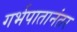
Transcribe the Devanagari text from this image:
गर्भपातानंतर